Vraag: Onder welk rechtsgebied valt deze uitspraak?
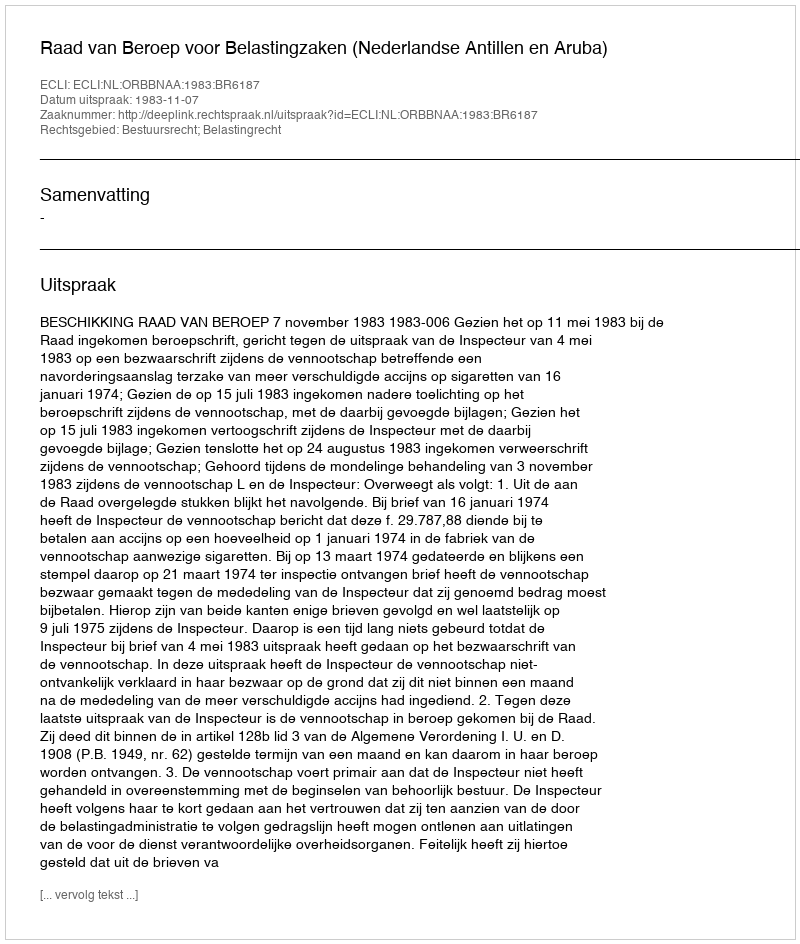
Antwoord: Bestuursrecht; Belastingrecht